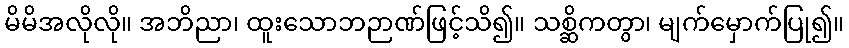
မိမိအလိုလို။ အဘိညာ၊ ထူးသောဘဉာဏ်ဖြင့်သိ၍။ သစ္ဆိကတွာ၊ မျက်မှောက်ပြု၍။